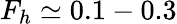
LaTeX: F_{h}\simeq 0.1-0.3